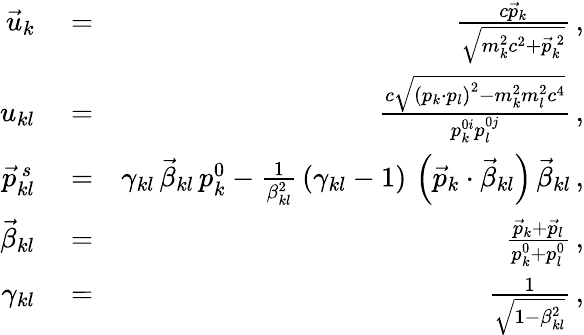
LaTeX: \begin{array}{rlr}{\vec{u}_{k}}&{{}=}&{\frac{c\vec{p}_{k}}{\sqrt{m_{k}^{2}c^{2}+\vec{p}_{k}^{\, 2}}}\, ,}\\ {u_{kl}}&{{}=}&{\frac{c\sqrt{\left(p_{k}\cdot p_{l}\right)^{2}-m_{k}^{2}m_{l}^{2}c^{4}}}{p_{k}^{0i}p_{l}^{0j}}\, ,}\\ {\vec{p}_{kl}^{\, s}}&{{}=}&{\gamma_{kl}\, \vec{\beta}_{kl}\, p_{k}^{0}-\frac{1}{\beta_{kl}^{2}}\, (\gamma_{kl}-1)\, \left(\vec{p}_{k}\cdot\vec{\beta}_{kl}\right)\, \vec{\beta}_{kl}\, ,}\\ {\vec{\beta}_{kl}}&{{}=}&{\frac{\vec{p}_{k}+\vec{p}_{l}}{p_{k}^{0}+p_{l}^{0}}\, ,}\\ {\gamma_{kl}}&{{}=}&{\frac{1}{\sqrt{1-\beta_{kl}^{2}}}\, ,}\end{array}